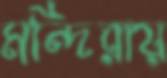
মন্দিরায়